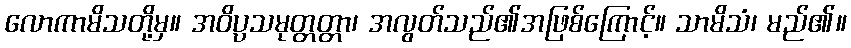
လောကာမိသတို့မှ။ အဝိပ္ပသမုတ္တတ္တာ၊ အလွတ်သည်၏အဖြစ်ကြောင့်။ သာမိသံ၊ မည်၏။